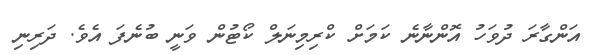
އަންގާރަ ދުވަހު އޮންނާނެ ކަމަށް ކްރިމިނަލް ކޯޓުން ވަނީ ބުނެފަ އެވެ. ދަރިނި